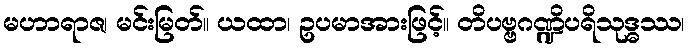
မဟာရာဇ၊ မင်းမြတ်။ ယထာ၊ ဥပမာအားဖြင့်။ တိပဗ္ဗဂဏ္ဍိပရိသုဒ္ဓဿ၊